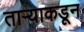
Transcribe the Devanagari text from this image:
ताऱ्याकडून